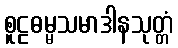
စူဠဓမ္မသမာဒါနသုတ္တံ